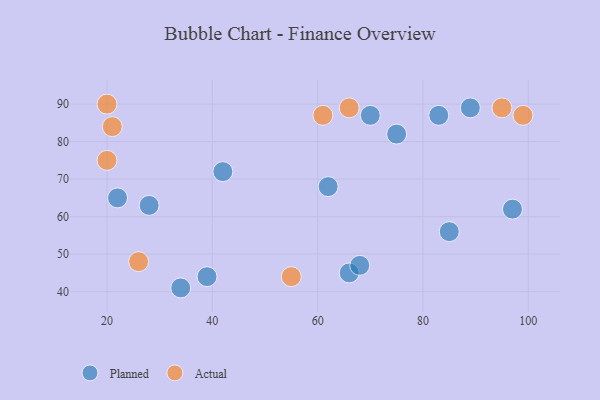
{"axis": {"x": "GDP", "y": "Life Expectancy"}, "legend": ["Actual", "Planned"], "data": [{"x": "66", "y": 45, "type": "Planned"}, {"x": "22", "y": 65, "type": "Planned"}, {"x": "42", "y": 72, "type": "Planned"}, {"x": "39", "y": 44, "type": "Planned"}, {"x": "83", "y": 87, "type": "Planned"}, {"x": "89", "y": 89, "type": "Planned"}, {"x": "34", "y": 41, "type": "Planned"}, {"x": "62", "y": 68, "type": "Planned"}, {"x": "28", "y": 63, "type": "Planned"}, {"x": "75", "y": 82, "type": "Planned"}, {"x": "85", "y": 56, "type": "Planned"}, {"x": "97", "y": 62, "type": "Planned"}, {"x": "68", "y": 47, "type": "Planned"}, {"x": "70", "y": 87, "type": "Planned"}, {"x": "55", "y": 44, "type": "Actual"}, {"x": "21", "y": 84, "type": "Actual"}, {"x": "26", "y": 48, "type": "Actual"}, {"x": "99", "y": 87, "type": "Actual"}, {"x": "66", "y": 89, "type": "Actual"}, {"x": "20", "y": 90, "type": "Actual"}, {"x": "95", "y": 89, "type": "Actual"}, {"x": "20", "y": 75, "type": "Actual"}, {"x": "61", "y": 87, "type": "Actual"}]}